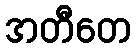
အတီတေ